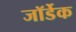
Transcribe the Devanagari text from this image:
जॉर्डेक